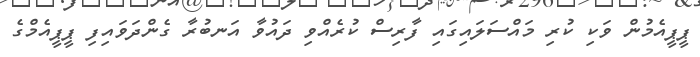
ޕީޕީއެމުން ވަކި ކުރި މައްސަލައިގައި ފާރިސް ކުރެއްވި ދައުވާ އަނބުރާ ގެންދަވައިފި ޕީޕީއެމްގެ